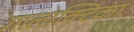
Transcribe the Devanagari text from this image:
गालाक्टिका